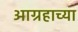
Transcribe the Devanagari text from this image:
आग्रहाच्या